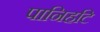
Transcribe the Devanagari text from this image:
पानिहटि